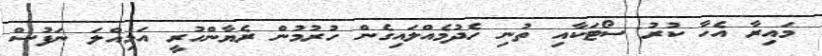
މައިރާ އެހާ ކުރު ސޯޓަކާއި ތުނި ހެދުމެއްލައިގެން ހުރުމުން ރެޔާންހުރީ އަމިއްލަ ނަފުސް